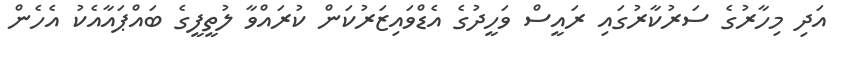
އަދި މިހާރުގެ ސަރުކާރުގައި ރައީސް ވަހީދުގެ އެޑްވައިޒަރުކަން ކުރައްވާ ލުތީފީގެ ބައްޕައާއެކު އެހެން